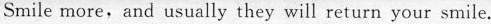
Smile more,and usually they will return your smile.